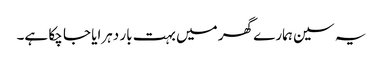
یہ سین ہمارے گھر میں بہت بار دہرایا جا چکا ہے۔